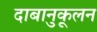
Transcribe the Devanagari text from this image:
दाबानुकूलन